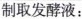
制取发酵液